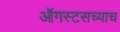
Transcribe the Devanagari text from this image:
ऑगस्टसच्याच